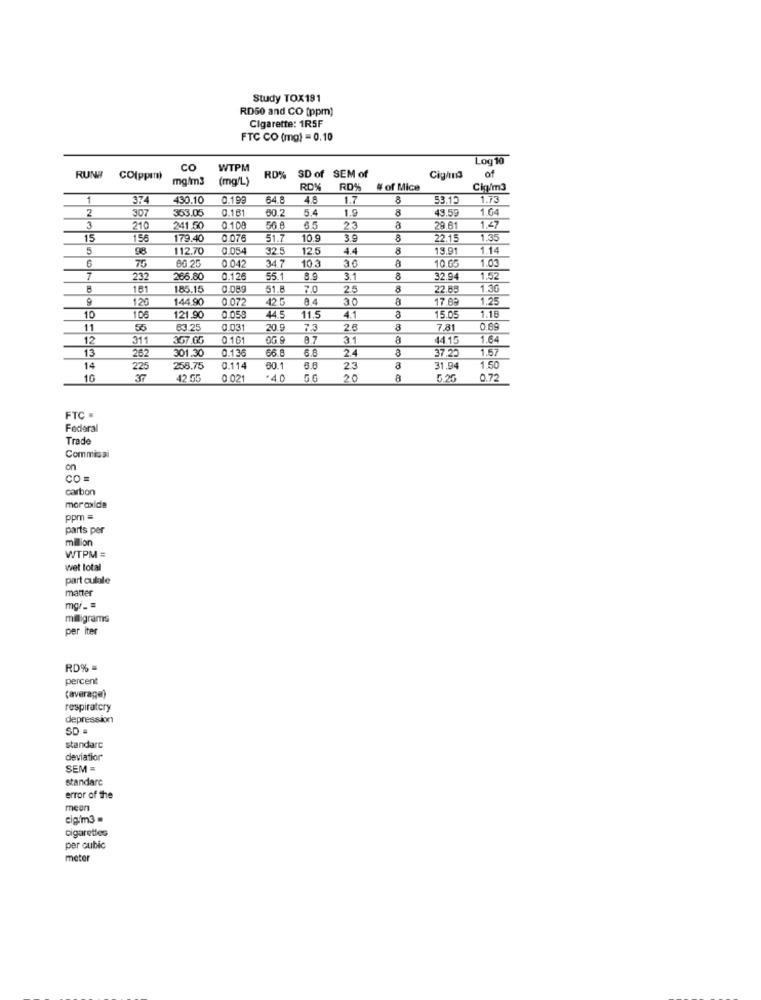
Study TOX191
RD50 and CO (ppm)
Cigarette: 1R5F
FTC CO (mg) = 0.10
Log10
co
WTPM
SD of SEM of
of
RUNE
CO(ppem)
mg/m3
(mg/L)
RD%
Cig/mna
RD%
# of Mice
Chp/m3
1
374
430.10
0.199
64.8
4.8
1.7
8
53.1.
1.73
Z
307
$53.05
3.181
50.2
5.4
1.9
43.5
1.64
3
210
241.50
0.10
56.8
65
23
a
29.81
1.47
15
156
179.40
0 076
51.7
10.9
30
22.1.
1.35
5
98
112.70
0.054
32.5
12.5
4.4
13.91
1.14
0 042
34.7
103
76
86 25
30
10 G
1.03
7
232
266.80
0.12
55.1
8.9
3.1
2.94
1.52
8
161
185.15
0.089
51.
7.0
25
22.55
1.30
144.90
0 072
42 5
8.4
30
17.09
1.25
120
10
106
121.90
0.059
44.5
11.5
4.1
15.05
1.16
11
55
63.25
0.031
20.9
7.3
2.5
8
7.81
0.8
12
311
367.0G
0.101
0G.9
8.7
4415
1.64
13
301.30
0.136
66.8
6.6
24
37.22
1.57
262
14
225
258.75
0.114
60.1
6.6
2.3
31.94
1.50
10
42.55
0 02
.4.0
20
6.20
0.72
FTC .
Federal
Trade
Commissi
on
CO =
carbon
moraxica
ppm =
parts per
milion
WTPM =
wet total
part culale
matter
mgr_ =
miligrams
per iter
RD% =
percent
(average)
respiratory
depression
SD =
standarc
deviatior
SEM =
standarc
error of the
mean
cig/m3
Cigarettes
per cubic
meter